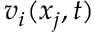
v _ { i } ( x _ { j } , t )